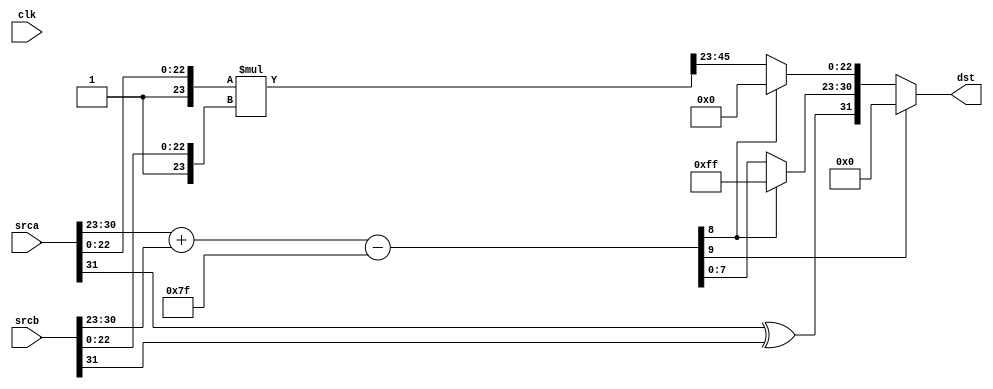
module FpuFp32_Mul(
	/* verilator lint_off UNUSED */
	clk,
	srca,
	srcb,
	dst
);

input			clk;
input[31:0]		srca;
input[31:0]		srcb;
output[31:0]	dst;

reg sgna;
reg sgnb;
reg sgnc;

reg[9:0] exa;
reg[9:0] exb;
reg[9:0] exc;

reg[47:0] tFracA;
reg[47:0] tFracB;
reg[47:0] tFracC;
reg[22:0] tFracC2;

reg[31:0]	tDst;

always @ (clk) begin
	sgna=srca[31];
	sgnb=srcb[31];

	exa[7:0]=srca[30:23];
	exb[7:0]=srcb[30:23];
	exa[9:8]=0;
	exb[9:8]=0;

	sgnc=sgna^sgnb;

	tFracA[47:23]=25'h1;
	tFracB[47:23]=25'h1;
	tFracA[22:0]=srca[22:0];
	tFracB[22:0]=srcb[22:0];
	tFracC=tFracA*tFracB;
	if(tFracC[47])
	begin
		tFracC2[22:0]=tFracC[46:24];
		exc=exa+exb-126;
	end
	begin
		tFracC2[22:0]=tFracC[45:23];
		exc=exa+exb-127;
	end
	
	if(exc[9])
	begin
		tDst=0;
	end
	else
	if(exc[8])
	begin
		tDst[31]=sgnc;
		tDst[30:0]=31'h7F80_0000;
	end
	else
	begin
		tDst[31]=sgnc;
		tDst[30:23]=exc[7:0];
		tDst[22: 0]=tFracC2[22:0];
	end
	
	dst=tDst;
end

endmodule